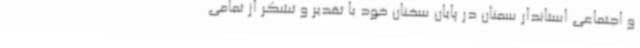
و اجتماعی استاندار سمنان در پایان سخنان خود با تقدیر و تشکر از تمامی